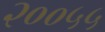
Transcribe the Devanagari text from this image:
२००५५